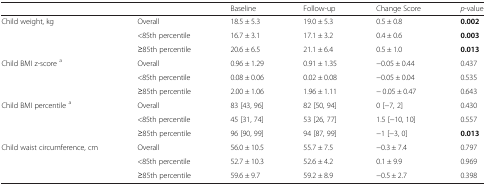
<table><thead><tr><td></td><td></td><td><b>Baseline</b></td><td><b>Follow-up</b></td><td><b>Change Score</b></td><td><b><i>p</i>-value</b></td></tr></thead><tbody><tr><td rowspan="3">Child weight, kg</td><td>Overall</td><td>18.5 ± 5.3</td><td>19.0 ± 5.3</td><td>0.5 ± 0.8</td><td><b>0.002</b></td></tr><tr><td>&lt;85th percentile</td><td>16.7 ± 3.1</td><td>17.1 ± 3.2</td><td>0.4 ± 0.6</td><td><b>0.003</b></td></tr><tr><td>≥85th percentile</td><td>20.6 ± 6.5</td><td>21.1 ± 6.4</td><td>0.5 ± 1.0</td><td><b>0.013</b></td></tr><tr><td rowspan="3">Child BMI z-score <sup>a</sup></td><td>Overall</td><td>0.96 ± 1.29</td><td>0.91 ± 1.35</td><td>−0.05 ± 0.44</td><td>0.437</td></tr><tr><td>&lt;85th percentile</td><td>0.08 ± 0.06</td><td>0.02 ± 0.08</td><td>−0.05 ± 0.04</td><td>0.535</td></tr><tr><td>≥85th percentile</td><td>2.00 ± 1.06</td><td>1.96 ± 1.11</td><td>− 0.05 ± 0.47</td><td>0.643</td></tr><tr><td rowspan="3">Child BMI percentile <sup>a</sup></td><td>Overall</td><td>83 [43, 96]</td><td>82 [50, 94]</td><td>0 [−7, 2]</td><td>0.430</td></tr><tr><td>&lt;85th percentile</td><td>45 [31, 74]</td><td>53 [26, 77]</td><td>1.5 [−10, 10]</td><td>0.557</td></tr><tr><td>≥85th percentile</td><td>96 [90, 99]</td><td>94 [87, 99]</td><td>−1 [−3, 0]</td><td><b>0.013</b></td></tr><tr><td rowspan="3">Child waist circumference, cm</td><td>Overall</td><td>56.0 ± 10.5</td><td>55.7 ± 7.5</td><td>−0.3 ± 7.4</td><td>0.797</td></tr><tr><td>&lt;85th percentile</td><td>52.7 ± 10.3</td><td>52.6 ± 4.2</td><td>0.1 ± 9.9</td><td>0.969</td></tr><tr><td>≥85th percentile</td><td>59.6 ± 9.7</td><td>59.2 ± 8.9</td><td>−0.5 ± 2.7</td><td>0.398</td></tr></tbody></table>